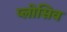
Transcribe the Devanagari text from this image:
प्लोसिव